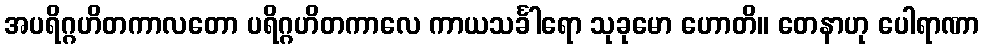
အပရိဂ္ဂဟိတကာလတော ပရိဂ္ဂဟိတကာလေ ကာယသင်္ခါရော သုခုမော ဟောတိ။ တေနာဟု ပေါရာဏာ